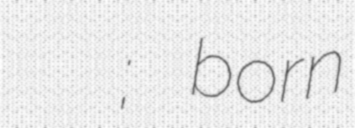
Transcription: Евгений Владимирович Куйвашев; born